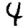
Digit: 4